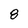
Character: 8